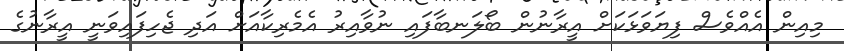
މިއިން އެއްވެސް ފިޔަވަޅަކަށް އީރާނުން ބޯލަނބާފައި ނުވާއިރު އެމެރިކާއަށް އަދި ޖެހިފައިވަނީ އީރާނުގެ